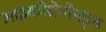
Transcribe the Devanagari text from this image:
आइकोसेनोयड्स